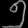
Digit: ၅